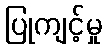
ပြုကျင့်မှု